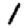
Digit: 1